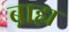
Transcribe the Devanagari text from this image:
ब़ाह्य